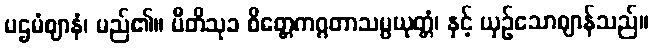
ပဌမံဈာနံ၊ မည်၏။ ပီတိသုခ စိတ္တေကဂ္ဂတာသမ္ပယုတ္တံ၊ နှင့် ယှဉ်သောဈာန်သည်။